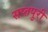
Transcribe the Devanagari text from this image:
सप्तपुरी